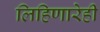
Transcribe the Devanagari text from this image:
लिहिणारेही